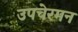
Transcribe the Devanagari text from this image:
उपचेरमन